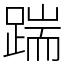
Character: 踹